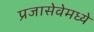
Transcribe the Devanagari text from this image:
प्रजासेवेमध्ये